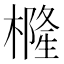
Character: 𭬇